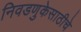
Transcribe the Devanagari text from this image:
निवडणुकेसाठीचे